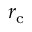
r _ { \mathrm { c } }